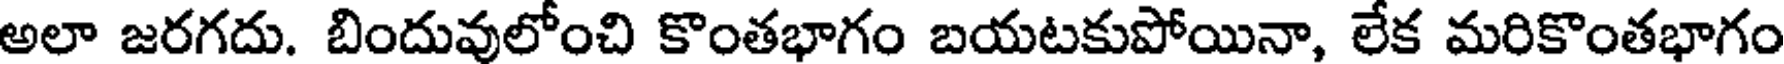
అలా జరగదు. బిందువులోంచి కొంతభాగం బయటకుపోయినా, లేక మరికొంతభాగం